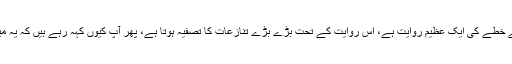
سوال: جرگہ توآپ کے خطے کی ایک عظیم روایت ہے، اس روایت کے تحت بڑے بڑے تنازعات کا تصفیہ ہوتا ہے، پھر آپ کیوں کہہ رہے ہیں کہ یہ میری خواہش نہیں ہے؟